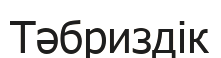
Тәбриздік